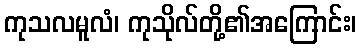
ကုသလမူလံ၊ ကုသိုလ်တို့၏အကြောင်း၊